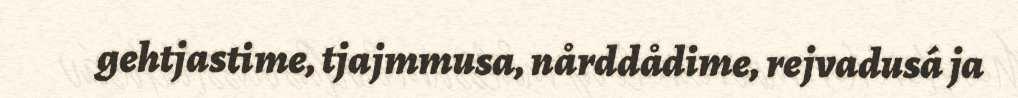
gehtjastime, tjajmmusa, nårddådime, rejvadusá ja